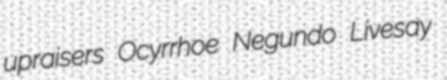
upraisers Ocyrrhoe Negundo Livesay